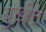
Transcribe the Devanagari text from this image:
बुखीट